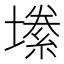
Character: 𫮫